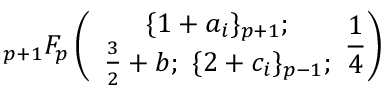
{ } _ { p + 1 } F _ { p } \left( \begin{array} { c } { { \{ 1 + a _ { i } \} _ { p + 1 } ; } } \\ { { \frac { 3 } { 2 } + b ; ~ \{ 2 + c _ { i } \} _ { p - 1 } ; } } \end{array} \frac { 1 } { 4 } \right)